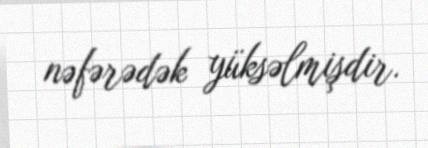
nəfərədək yüksəlmişdir.